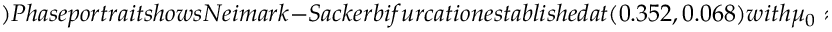
) P h a s e p o r t r a i t s h o w s N e i m a r k - S a c k e r b i f u r c a t i o n e s t a b l i s h e d a t ( 0 . 3 5 2 , 0 . 0 6 8 ) w i t h \mu _ { 0 } \approx 3 . 2 5 6 l o c a t e d a t t h e c e n t e r o f l i m i t c i r c l e s . O b l i q u e a x i s a n d h o r i z o n t a l a x i s c o n s i s t i n g o f E _ { 3 } ^ { \prime } a n d E _ { 2 } ^ { \prime } w i t h d i f f e r e n t \mu _ { 0 } , r e s p e c t i v e l y . W e m a y s e e f r o m t h e l e g e n d t h a t t o p o l o g i c a l t y p e s o f E _ { 3 } ^ { \prime } a r e m o s t l y s i n k a n d s o u r c e , w h i l e t h o s e o f E _ { 2 } ^ { \prime } a r e m o s t l y s o u r c e a n d s a d d l e . P h a s e p o r t r a i t a n d p h a s e s p a c e d i a g r a m f o r t h e p r e y h a v e s a m e x i n (